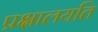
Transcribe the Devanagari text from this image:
प्रक्षालयति